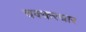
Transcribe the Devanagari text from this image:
चक्करधार